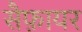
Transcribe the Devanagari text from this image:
सैफ़ायर